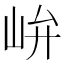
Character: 峅